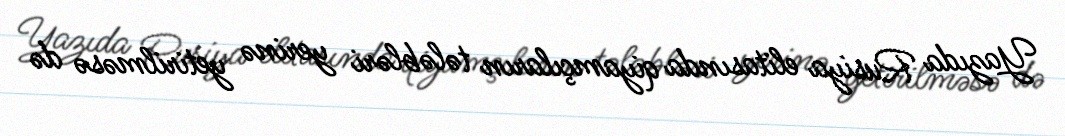
Yazıda Rusiya elitasında qiyamçıların tələbləri yerinə yetirilməsə də